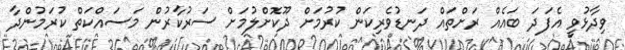
ވިދާޅުވީ އެފަދަ ބައެއް ރަށްތައް ދަނޑުވެެރިކަން ކުރުމަށް ދޫކޮށްލުމަށް ސަރުކާރުން މަސައްކަތް ކުރަމުންދާ